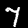
Digit: 7